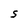
Character: S